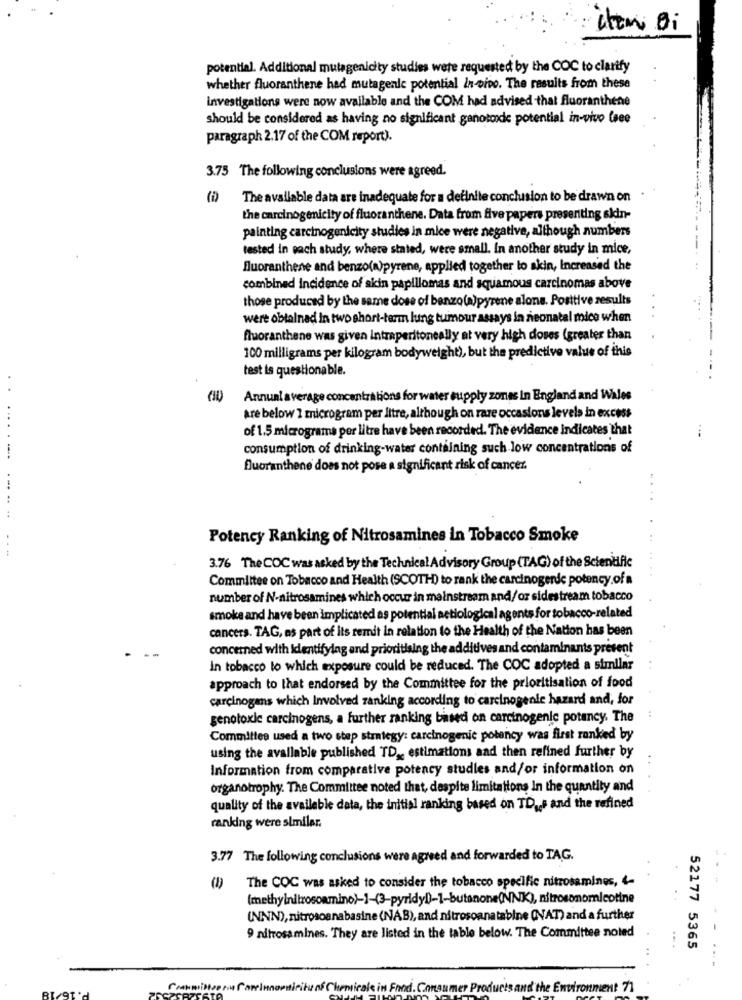
Attmi Bi
potential. Additional mutagenicity studies were requested by the COC to clarify
whether fluoranthene had mutagenic potential In-vivo. The results from these
investigations were now available and the COM had advised that fluoranthene
should be considered as having no significant ganotoxic potential in-vivo (see
paragraph 2.17 of the COM report).
3.75 The following conclusions were agreed.
The available data are inadequate for a definite conclusion to be drawn on
the carcinogenicity of fluoranthene. Data from five papers presenting sidn-
painting carcinogenicity studies in mice were negative, although numbers
tested in each study, where stated, were small. In another study in mice,
fluoranthene and benzo(a)pyrene, applied together to akin, Increased the
combined incidence of akin papillomas and squamous carcinomas above
those produced by the same dose of benzo(a)pyrene alone. Positive results
were obtained in two short-term lung tumour assays in neonatal mice when
fluoranthene was given intraperitoneally at very high doses (greater than
-
100 milligrams per kilogram bodyweight), but the predictive value of this
test is questionable.
Annual average concentrations for water supply zones In England and Wales
are below 1 microgram per litre, although on rare occasions levels in excess
... . .
of 1.5 micrograms per litre have been recorded. The evidence indicates that
consumption of drinking-water containing such low concentrations of
fluoranthene does not pose a significant risk of cancer.
. .
... .. ..
Potency Ranking of Nitrosamines in Tobacco Smoke
....
3.76 TheCOC was asked by the Technical Advisory Group (TAG) of the Scientific
...
Committee on Tobacco and Health (SCOTHD) to rank the carcinogende potency.of a
number of N-nitrosamines which occur in mainstream and/or sidestream tobacco
smoke and have been implicated as potential actiological agents for tobacco-related
cancers. TAG, as part of its remit in relation to the Health of the Nation has been
concerned with identifying and prioritising the additives and contaminants present
In tobacco to which exposure could be reduced. The COC adopted a similar
approach to that endorsed by the Committee for the prioritisation of food
carcinogens which Involved ranking according to carcinogenic hazard and, for
genotoxic carcinogens, a further ranking based on carcinogenic potency. The
Committee used a two step strategy: carcinogenic potency was first ranked by
using the available published TD ,, estimations and then refined further by
Information from comparative potency studies and/or information on
organotrophy. The Committee noted that, despite limitations In the quantity and
quality of the available data, the initial ranking based on TDus and the refined
ranking were similar.
3.77 The following conclusions were agreed and forwarded to TAG.
The COC was asked to consider the tobacco specific nitrosamines, 4-
(1)
(methylnitrosoamino)-1-(3-pyridyD)-1-butanone(NNK), nitrosonomnicotine
(NNN), nitrosoanabasine (NAB), and nitrosoanatabine (NAT) and a further
9 nitrosamines. They are listed in the table below. The Committee noted
52177 5365
duets and the Environment 71